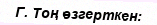
Г. Тоң өзгерткен: